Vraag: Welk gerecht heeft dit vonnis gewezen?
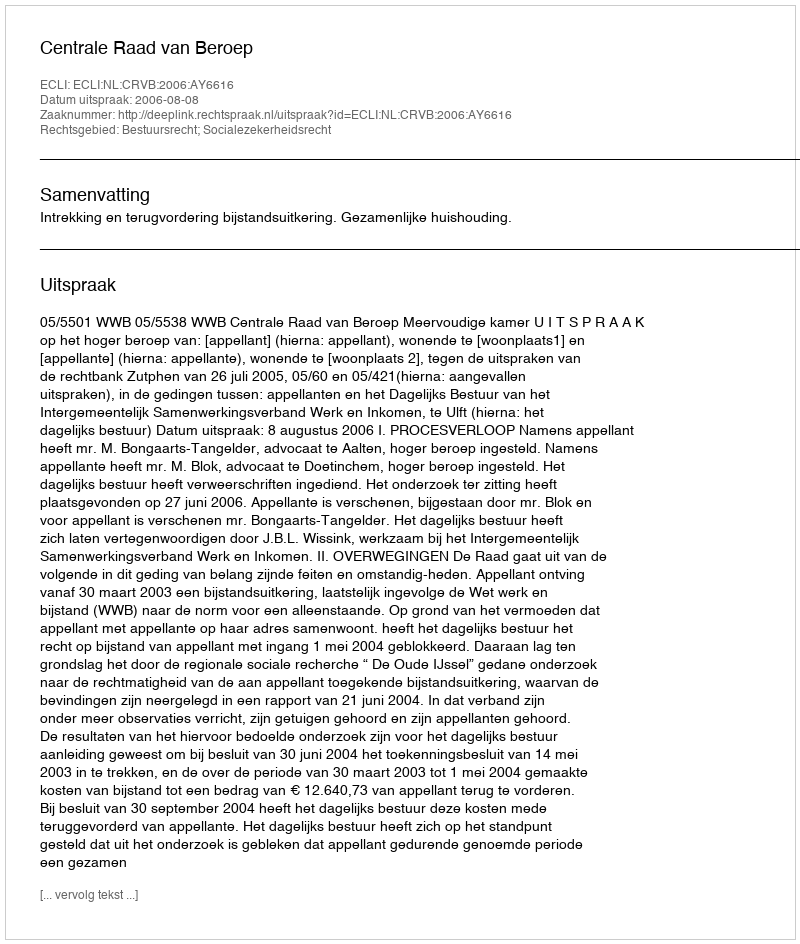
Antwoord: Centrale Raad van Beroep